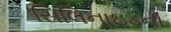
સિલિનાઇડનો